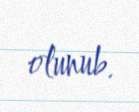
olunub.